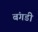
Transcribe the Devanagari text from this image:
बंगडी